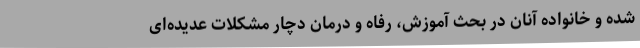
شده‌ و خانواده آنان در بحث آموزش، رفاه و درمان دچار مشکلات عدیده‌ای